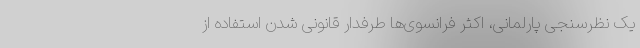
یک نظرسنجی پارلمانی، اکثر فرانسوی‌ها طرفدار قانونی شدن استفاده از